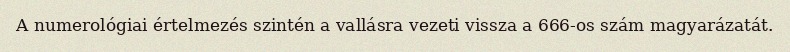
A numerológiai értelmezés szintén a vallásra vezeti vissza a 666-os szám magyarázatát.